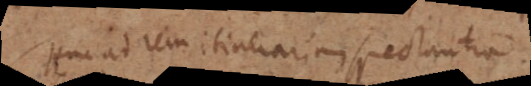
Huc ad rem itinerariam spectantia.